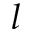
l